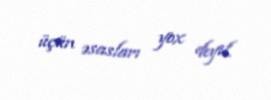
üçün əsasları yox deyil.